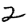
Digit: 2